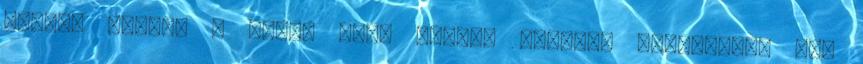
dolgot hozhat a jövő, mely komoly morális kérdéseket vet